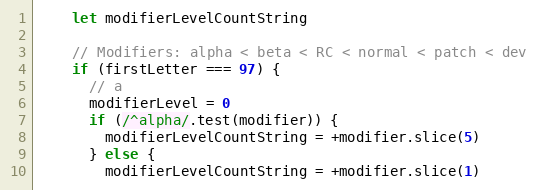
Language: JavaScript
    let modifierLevelCountString

    // Modifiers: alpha < beta < RC < normal < patch < dev
    if (firstLetter === 97) {
      // a
      modifierLevel = 0
      if (/^alpha/.test(modifier)) {
        modifierLevelCountString = +modifier.slice(5)
      } else {
        modifierLevelCountString = +modifier.slice(1)